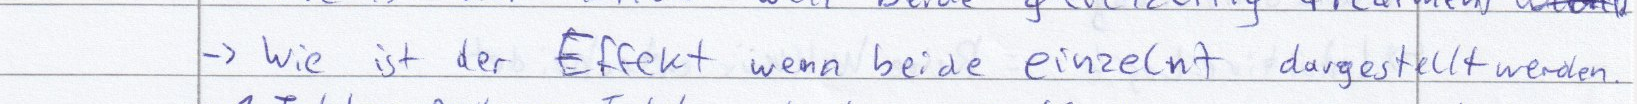
-> Wie ist der Effekt wenn beide einzelnt dargestellt werden.